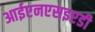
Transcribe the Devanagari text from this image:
आईएनएसइएडी